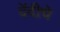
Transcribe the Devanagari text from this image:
देंदीचे